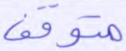
متوقف